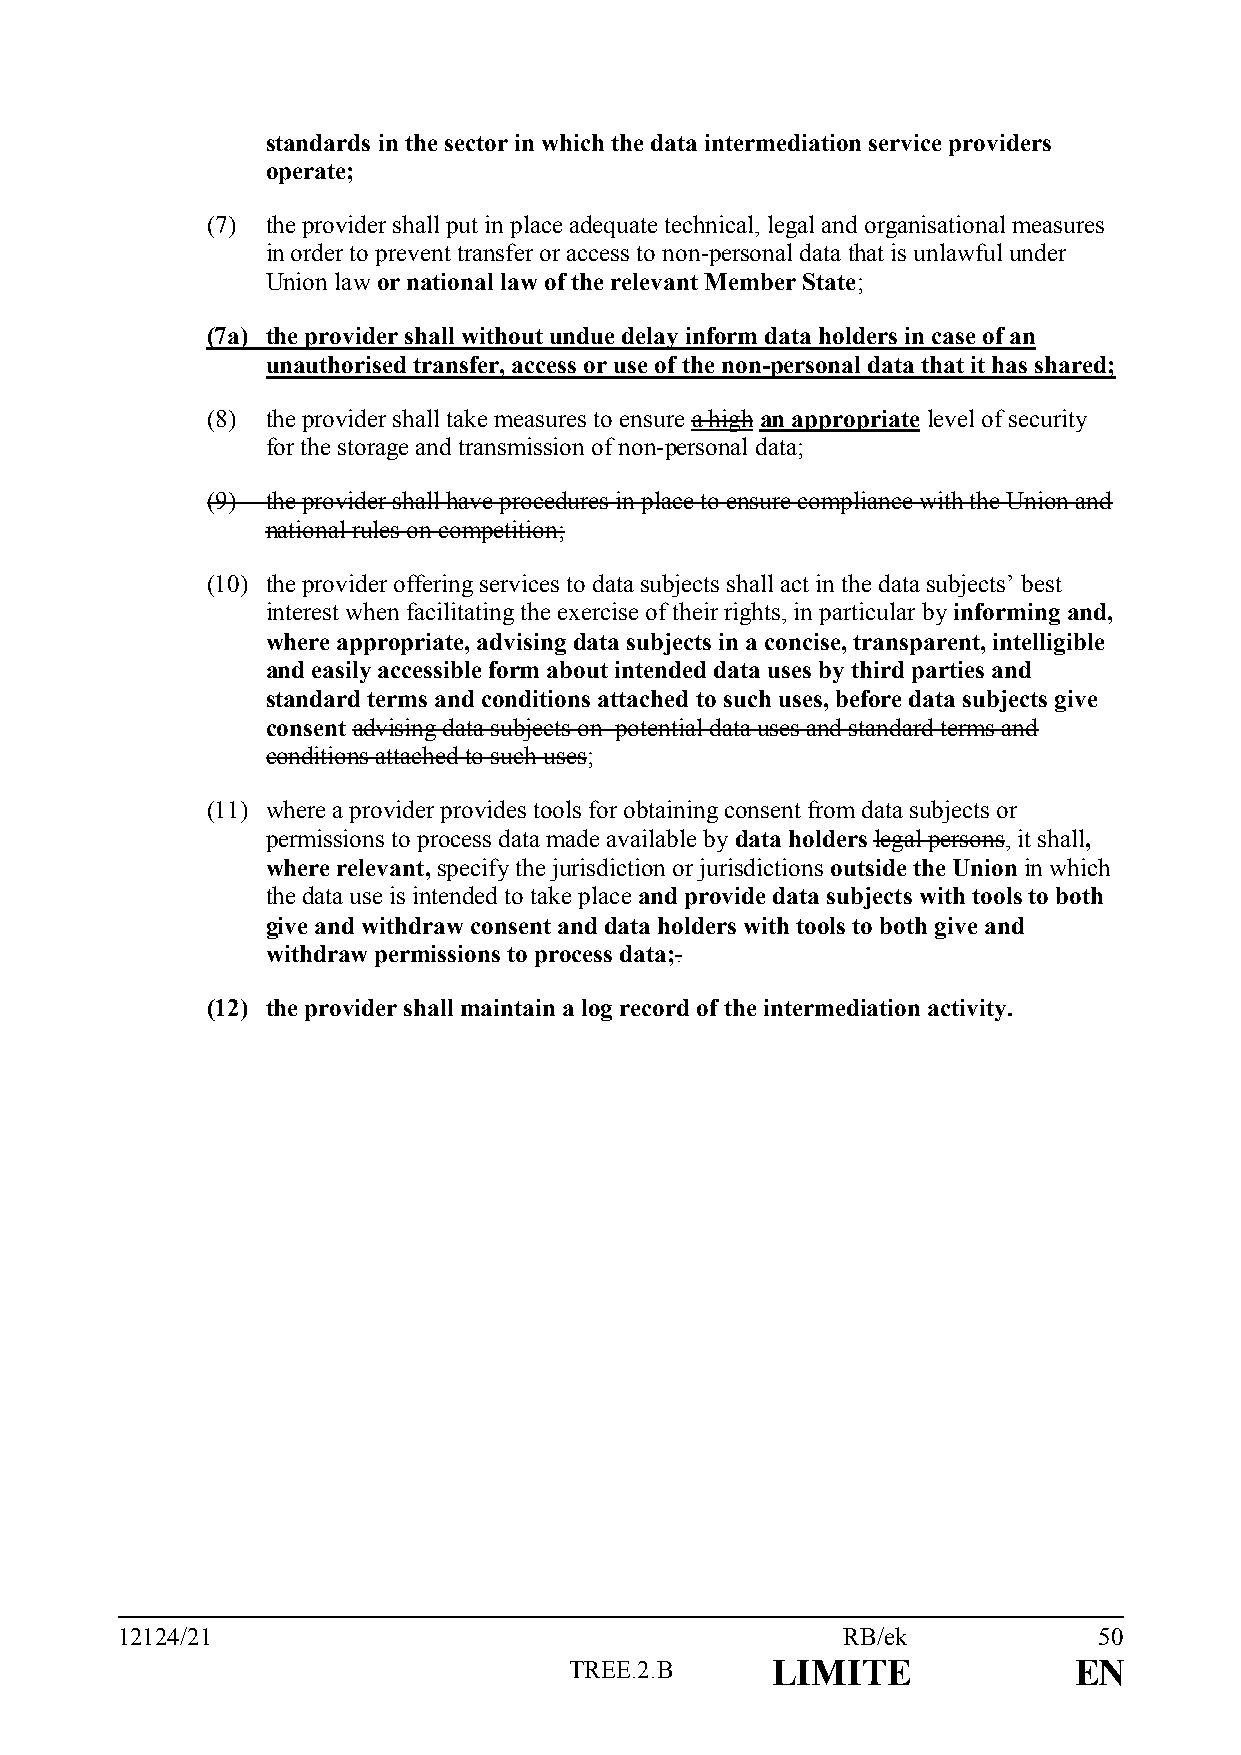
standards in the sector in which the data intermediation service providers
 operate;
 (7) the provider shall put in place adequate technical, legal and organisational measures
 in order to prevent transfer or access to non-personal data that is unlawful under
 Union law or national law of the relevant Member State;
 (7a) the provider shall without undue delay inform data holders in case of an
 unauthorised transfer, access or use of the non-personal data that it has shared;
 (8) the provider shall take measures to ensure a high an appropriate level of security
 for the storage and transmission of non-personal data;
 (9) the provider shall have procedures in place to ensure compliance with the Union and
 national rules on competition;
 (10) the provider offering services to data subjects shall act in the data subjects’ best
 interest when facilitating the exercise of their rights, in particular by informing and,
 where appropriate, advising data subjects in a concise, transparent, intelligible
 and easily accessible form about intended data uses by third parties and
 standard terms and conditions attached to such uses, before data subjects give
 consent advising data subjects on potential data uses and standard terms and
 conditions attached to such uses;
 (11) where a provider provides tools for obtaining consent from data subjects or
 permissions to process data made available by data holders legal persons, it shall,
 where relevant, specify the jurisdiction or jurisdictions outside the Union in which
 the data use is intended to take place and provide data subjects with tools to both
 give and withdraw consent and data holders with tools to both give and
 withdraw permissions to process data;.
 (12) the provider shall maintain a log record of the intermediation activity.
 12124/21                                        RB/ek            50
 TREE.2.B     LIMITE              EN